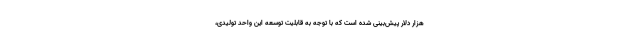
هزار دلار پیش‌بینی شده است که با توجه به قابلیت توسعه این واحد تولیدی،